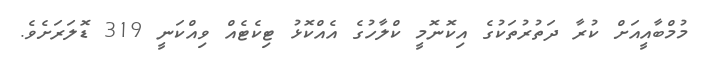
މުމްބާއީއަށް ކުރާ ދަތުރުތަކުގެ އިކޮނޮމީ ކްލާހުގެ އެއްކޮޅު ޓިކެޓެއް ވިއްކަނީ 319 ޑޮލަރަށެވެ.